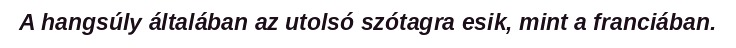
A hangsúly általában az utolsó szótagra esik, mint a franciában.